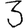
Digit: 3